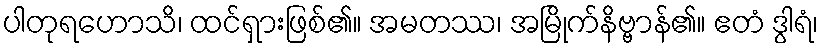
ပါတုရဟောသိ၊ ထင်ရှားဖြစ်၏။ အမတဿ၊ အမြိုက်နိဗ္ဗာန်၏။ ဧတံ ဒွါရံ၊